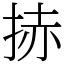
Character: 捇